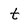
Character: t